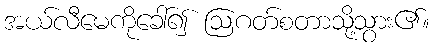
အယ်လီမေကိုခေါ်၍ ဩဂတ်စတာသို့သွား၏။